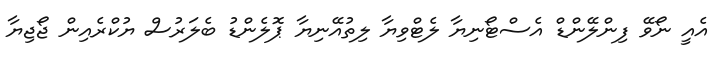
އެއީ ނޯވޭ ފިންލޭންޑް އެސްޓޯނިޔާ ލެޓްވިޔާ ލިތުއޭނިޔާ ޕޮލެންޑު ބެލަރުސް ޔުކްރެއިން ޖޯޖިޔާ